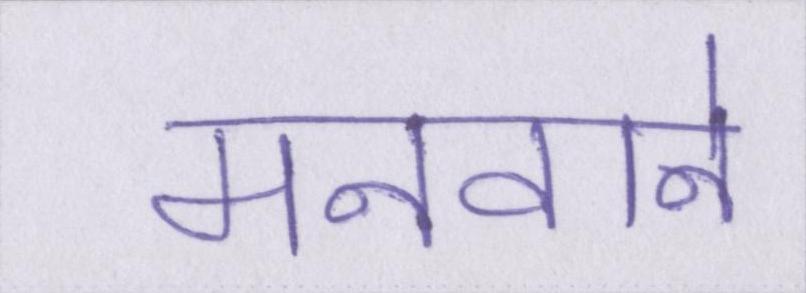
मनवाने